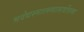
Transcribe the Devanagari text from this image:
भवेद्यस्मात्त्स्मात्सर्वोत्तमा